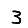
Digit: 3